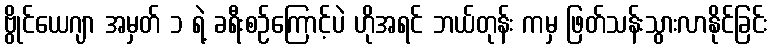
ဗွိုင်ယေဂျာ အမှတ် ၁ ရဲ့ ခရီးစဉ်ကြောင့်ပဲ ဟိုအရင် ဘယ်တုန်း ကမှ ဖြတ်သန်းသွားလာနိုင်ခြင်း